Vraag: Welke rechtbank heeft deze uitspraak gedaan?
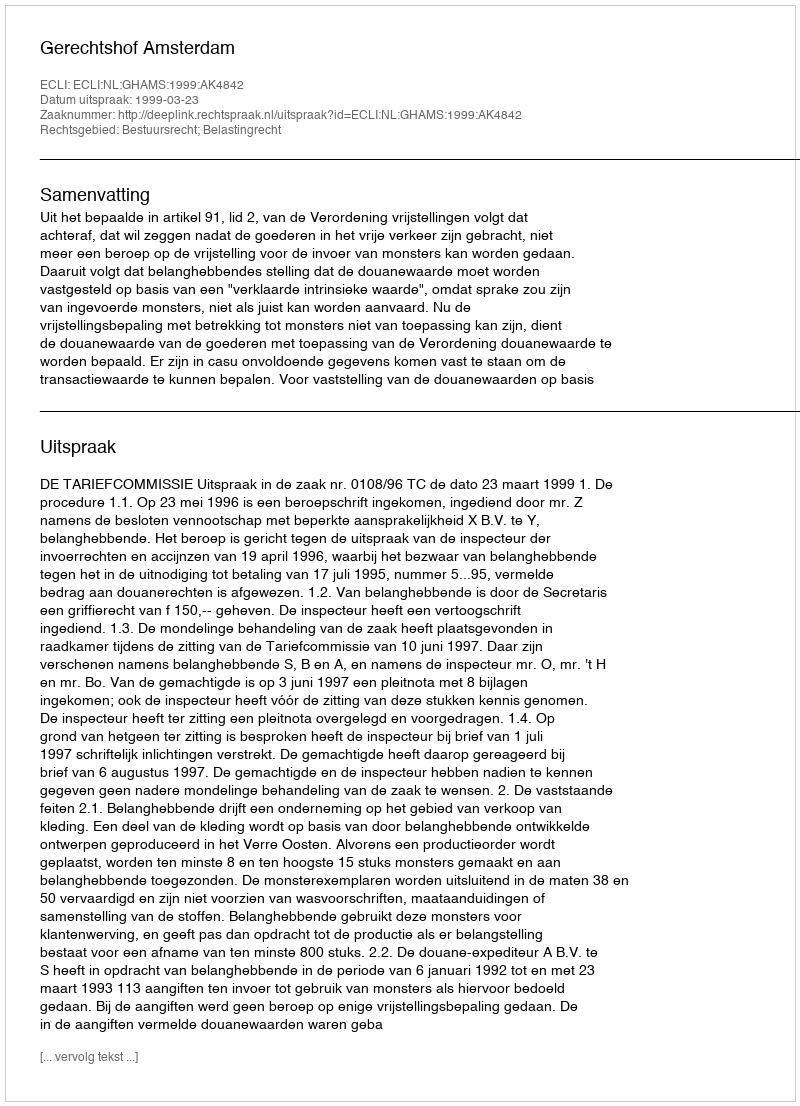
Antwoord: Gerechtshof Amsterdam